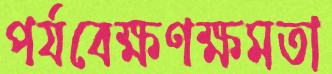
পর্যবেক্ষণক্ষমতা